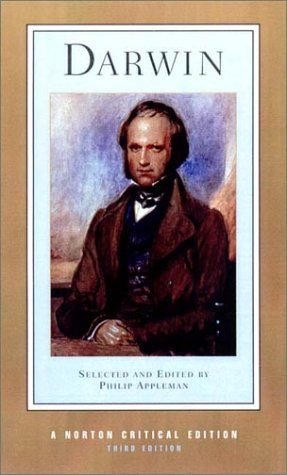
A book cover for Darwin (Norton Critical Editions) (3rd Edition); Biographies & Memoirs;